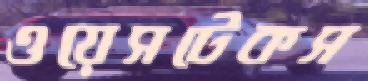
ওয়েসটেকস